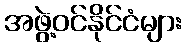
အဖွဲ့ဝင်နိုင်ငံများ